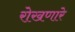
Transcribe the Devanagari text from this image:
रोखणारे